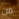
من